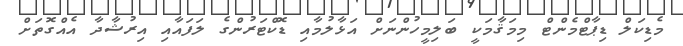
މެޑިކަލް ޑިޕާޓްމެންޓް މިމަޤާމަކީ ބަލިމީހުންނަށް އަޅާލުމާއި ޑޮކްޓަރުންގެ ލަފައާއި އިރުޝާދާ އެއްގޮތަށް